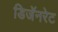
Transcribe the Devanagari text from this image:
डिजॅनरेट